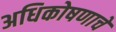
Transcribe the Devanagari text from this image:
अधिकोषणाचे